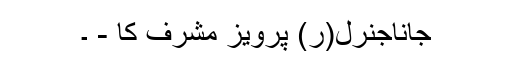
جاناجنرل(ر) پرویز مشرف کا - ۔